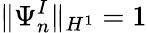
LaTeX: \| \Psi_{n}^{I}\| _{H^{1}}=1